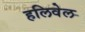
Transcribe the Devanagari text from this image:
हलिवेल